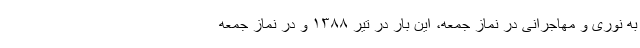
به نوری و مهاجرانی در نماز جمعه، این بار در تیر ۱۳۸۸ و در نماز جمعه